Medical and sanitary report on the native army of Bombay for the year
Year: 1879
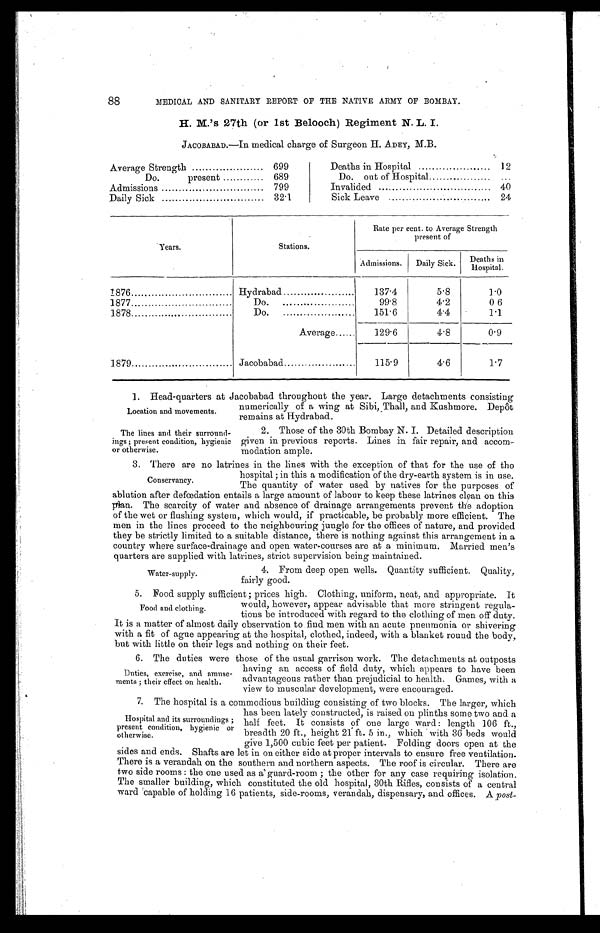
88
MEDICAL AND SANITARY REPORT OF THE NATIVE ARMY OF BOMBAY.
H. M.'s 27th (or 1st Belooch) Regiment N. L. I.
JACOBABAD.—In medical charge of Surgeon H. A DEY, M.B.
Average Strength . . .
699
Do. present . . .
689
Admissions . . .
799
Daily Sick . . .
32.1
Deaths in Hospital . . .
12
Do. out of Hospital . . .
. . .
Invalided . . .
40
Sick Leave . . .
24
Years.
Stations.
Rate per cent. to Average Strength
present of
Admissions.
Daily Sick.
Deaths in Hospital.
1876 . . .
Hydrabad . . .
137.4
5.8
1.0
1877 . . .
Do. . . .
99.8
4.2
0 6
1878 . . .
Do. . . .
151.6
4.4
1.1
Average . . .
129.6
4.8
0.9
1879 . . .
Jacobabad . . .
115.9
4.6
1.7
1. Head-quarters at Jacobabad throughout the year. Large detachments consisting
numerically of a wing at Sibi, Thall, and Rushmore. Depôt
remains at Hydrabad.
Location and movements.
The lines and their surround
-ings; present condition, hygienic
or otherwise.
2. Those of the 30th Bombay N. I. Detailed description
given in previous reports. Lines in fair repair, and accom
- m o d a t i o n a m p l e .
3. There are no latrines in the lines with the exception of that for the use of the
hospital; in this a modification of the dry-earth system is in use.
The quantity of water used by natives for the purposes of
ablution after defœdation entails a large amount of labour to keep these latrines clean on this
plan. The scarcity of water and absence of drainage arrangements prevent the adoption
of the wet or flushing system, which would, if practicable, be probably more efficient. The
men in the lines proceed to the neighbouring jungle for the offices of nature, and provided
they be strictly limited to a suitable distance, there is nothing against this arrangement in a
country where surface-drainage and open water-courses are at a minimum. Married men's
quarters are supplied with latrines, strict supervision being maintained.
Conservancy.
Water-supply.
4. From deep open wells. Quantity sufficient. Quality,
fairly good.
5. Food supply sufficient; prices high. Clothing, uniform, neat, and appropriate. It
would, however, appear advisable that more stringent regula
-
tions be introduced with regard to the clothing of men off duty.
It is a matter of almost daily observation to find men with an acute pneumonia or shivering
with a fit of ague appearing at the hospital, clothed, indeed, with a blanket round the body,
but with little on their legs and nothing on their feet.
6 . T h e d u t i e s w e r e t h o s e o f t h e u s u a l g a r r i s o n w o r k . T h e d e t a c h m e n t s a t o u t p o s t s
having an access of field duty, which appears to have been
advantageous rather than prejudicial to health. Games, with a
view to muscular development, were encouraged.
5. The hospital is a commodious building consisting of two blocks. The larger, which
has been lately constructed, is raised on plinths some two and a
half feet. It consists of one large ward: length 106 ft.,
breadth 20 ft., height 21 ft. 5 in., which with 36 beds would
give 1,500 cubic feet per patient. Folding doors open at the
sides and ends. Shafts are let in on either side at proper intervals to ensure free ventilation.
There is a verandah on the southern and northern aspects. The roof is circular. There are
two side rooms: the one used as a guard-room; the other for any case requiring isolation.
The smaller building, which constituted the old hospital, 30th Rifles, consists of a central
ward capable of holding 16 patients, side-rooms, verandah, dispensary, and offices. A post
-
Food and clothing.
Duties, exercise, and amuse
-ments; their effect on health.
Hospital and its surroundings;
present condition, hygienic or
otherwise.